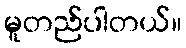
မူတည်ပါတယ်။